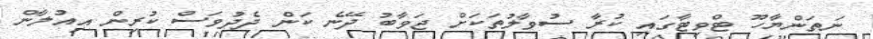
ނަތަންޔާހޫ ޓްވިޓާގައި ކުރާ ސުވާލުތަކަށް ޖަވާބު ދޭނެ ކަން ދެދުވަސް ކުރިން އިއުލާން